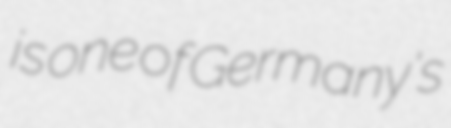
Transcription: is one of Germany's